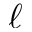
\boldsymbol { \ell }